Eesti_Rahvusfond, lk 62
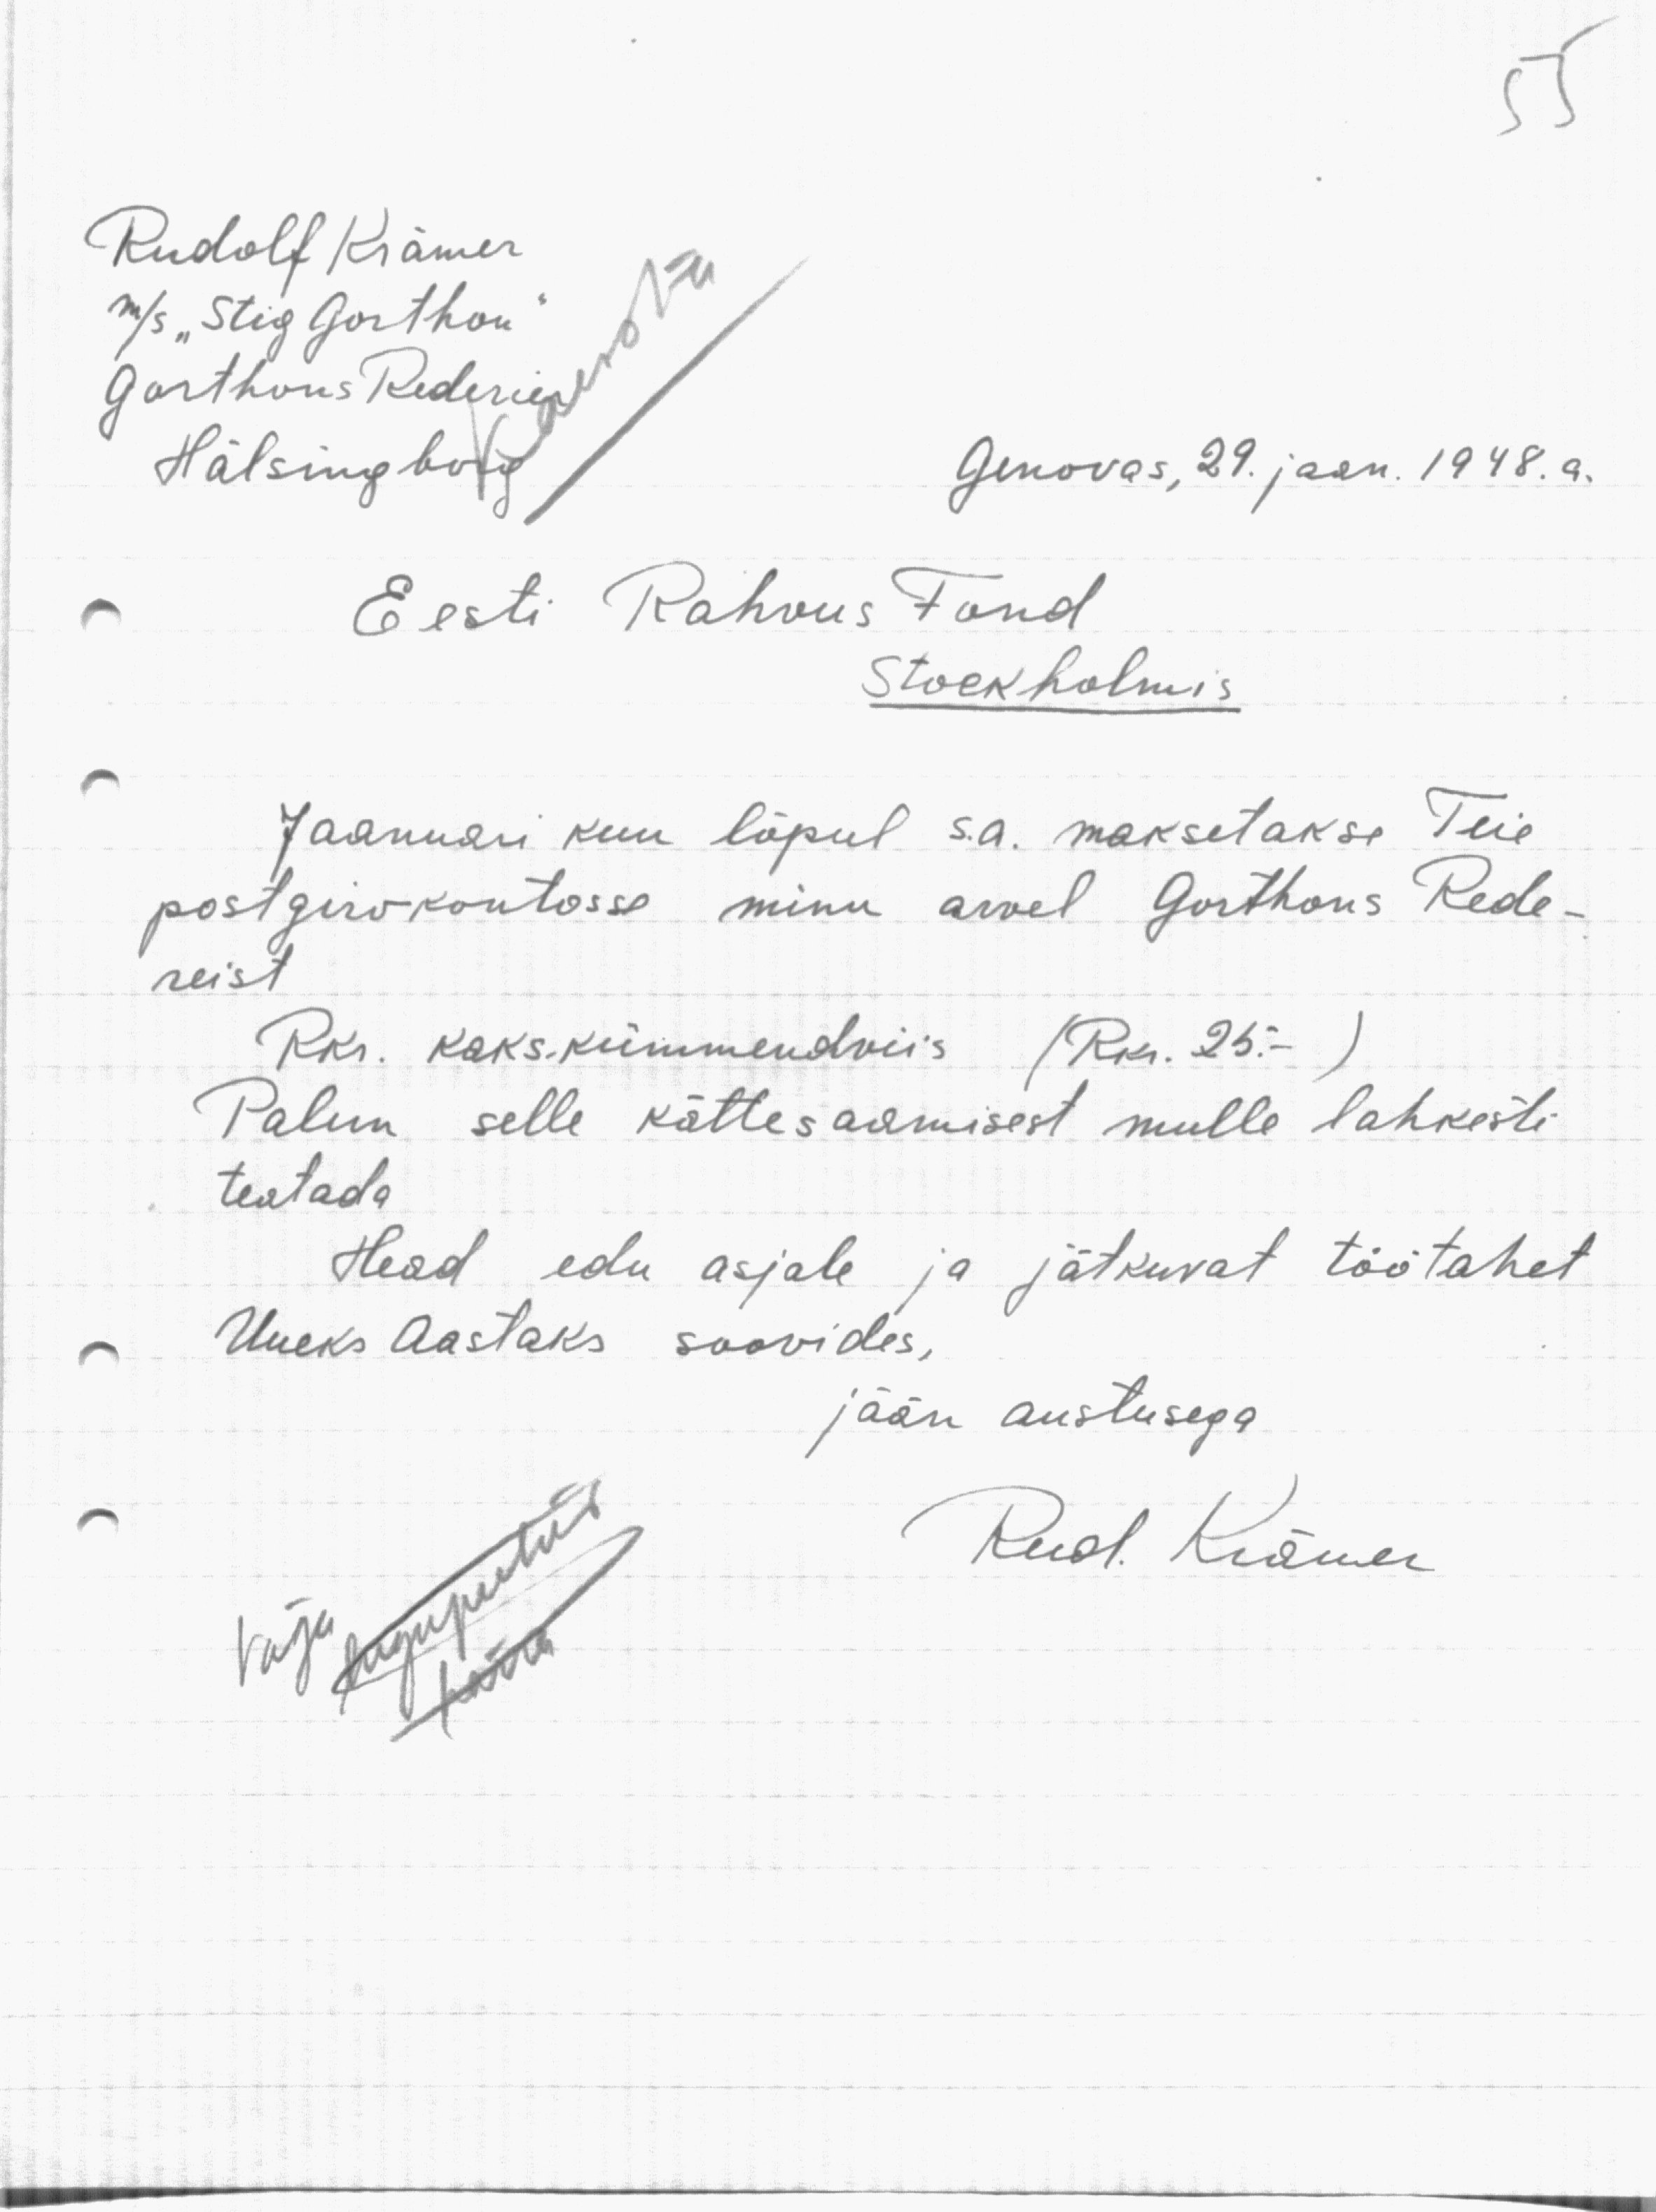
Rudolf Krämer
m/s "Stig Gorthon"
Garthons Rederie
Hälsingborg
Genovas, 29. jaan. 1948. a.
Eesti Rahvus Fond
Stockholmis
Jaanuari kuu lõpul s.a. maksetakse Teie
postgirokontosse minu arvel Gorthons Rede-
reist
Rkr. Kaks-kümmendviis (Rkr. 25-)
Palun selle kättesaamisest mulle lahkesti
teatada
Head edu asjale ja jätkuvat töötahet
Uueks Aastaks soovides,
jään austusega
Rud. Krämer